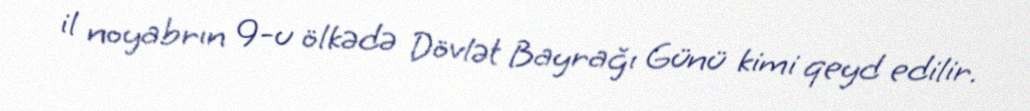
il noyabrın 9-u ölkədə Dövlət Bayrağı Günü kimi qeyd edilir.